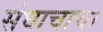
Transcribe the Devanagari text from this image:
संघाचाचा